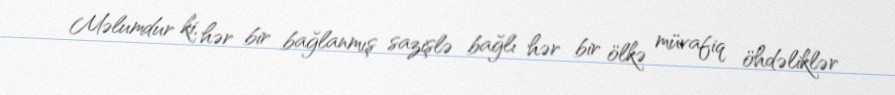
Məlumdur ki, hər bir bağlanmış sazişlə bağlı hər bir ölkə müvafiq öhdəliklər